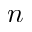
n